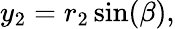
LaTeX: \begin{array}{r}{y_{2}=r_{2}\sin(\beta),}\end{array}